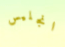
انجليس